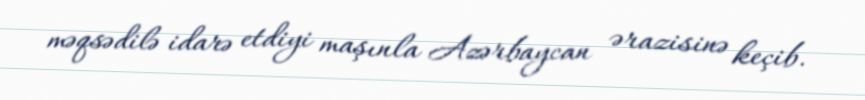
məqsədilə idarə etdiyi maşınla Azərbaycan ərazisinə keçib.